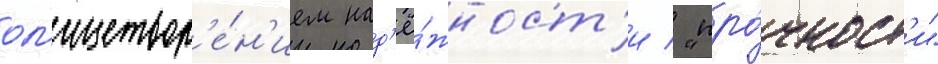
ол'ицетвор'е́н'ием над'ё́жност'и / "про́чност'и"